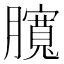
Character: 臗